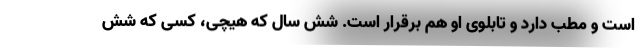
است و مطب دارد و تابلوی او هم برقرار است. شش سال که هیچی، کسی که شش